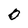
Character: 0